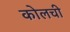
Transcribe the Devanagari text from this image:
कोलची